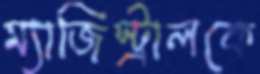
ম্যাজিস্ট্রালকে